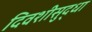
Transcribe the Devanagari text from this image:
दिवशीसुद्धा